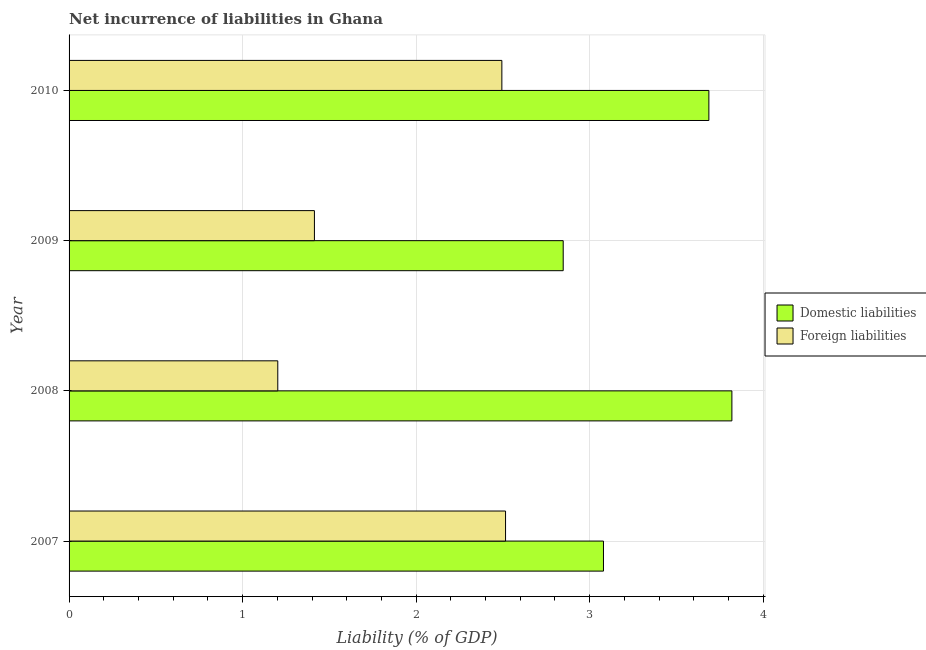
| Year | Domestic liabilities | Foreign liabilities |
 | --- | --- | --- |
 | 2007 | 3.08 | 2.52 |
 | 2008 | 3.82 | 1.2 |
 | 2009 | 2.85 | 1.41 |
 | 2010 | 3.69 | 2.49 |